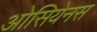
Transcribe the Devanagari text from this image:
ओसियेनस